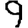
Digit: 9